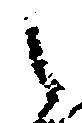
之